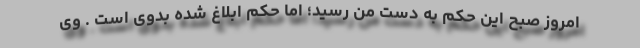
امروز صبح این حکم به دست من رسید؛ اما حکم ابلاغ شده بدوی است . وی